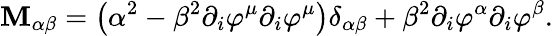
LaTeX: \mathbf{M}_{\alpha\beta}=\left(\alpha^{2}-\beta^{2}\partial_{i}\varphi^{\mu}\partial_{i}\varphi^{\mu}\right)\delta_{\alpha\beta}+\beta^{2}\partial_{i}\varphi^{\alpha}\partial_{i}\varphi^{\beta}.